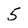
Character: 5